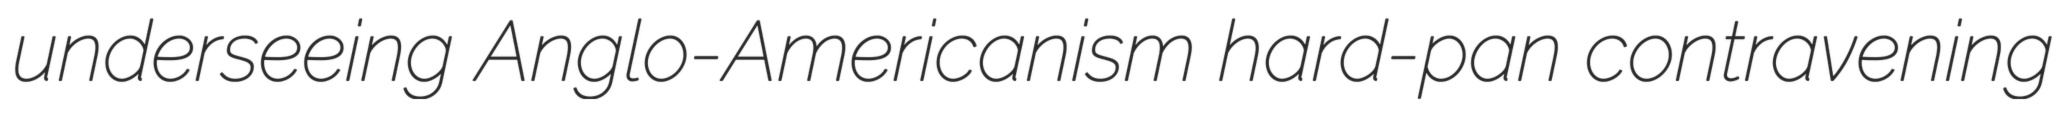
underseeing Anglo-Americanism hard-pan contravening